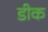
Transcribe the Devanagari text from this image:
डीक